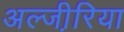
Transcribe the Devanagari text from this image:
अल्जी़रिया